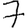
Digit: 7